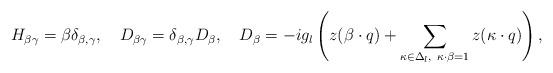
LaTeX: \begin{align*}H_{\beta \gamma}=\beta \delta_{\beta, \gamma},\quad D_{\beta \gamma}= \delta_{\beta, \gamma}D_{\beta},\quad D_{\beta}=-ig_l\left(z(\beta\cdot q) +\sum_{\kappa\in\Delta_l,\ \kappa\cdot\beta=1}z(\kappa\cdot q)\right), \end{align*}